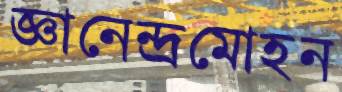
জ্ঞানেন্দ্রমোহন